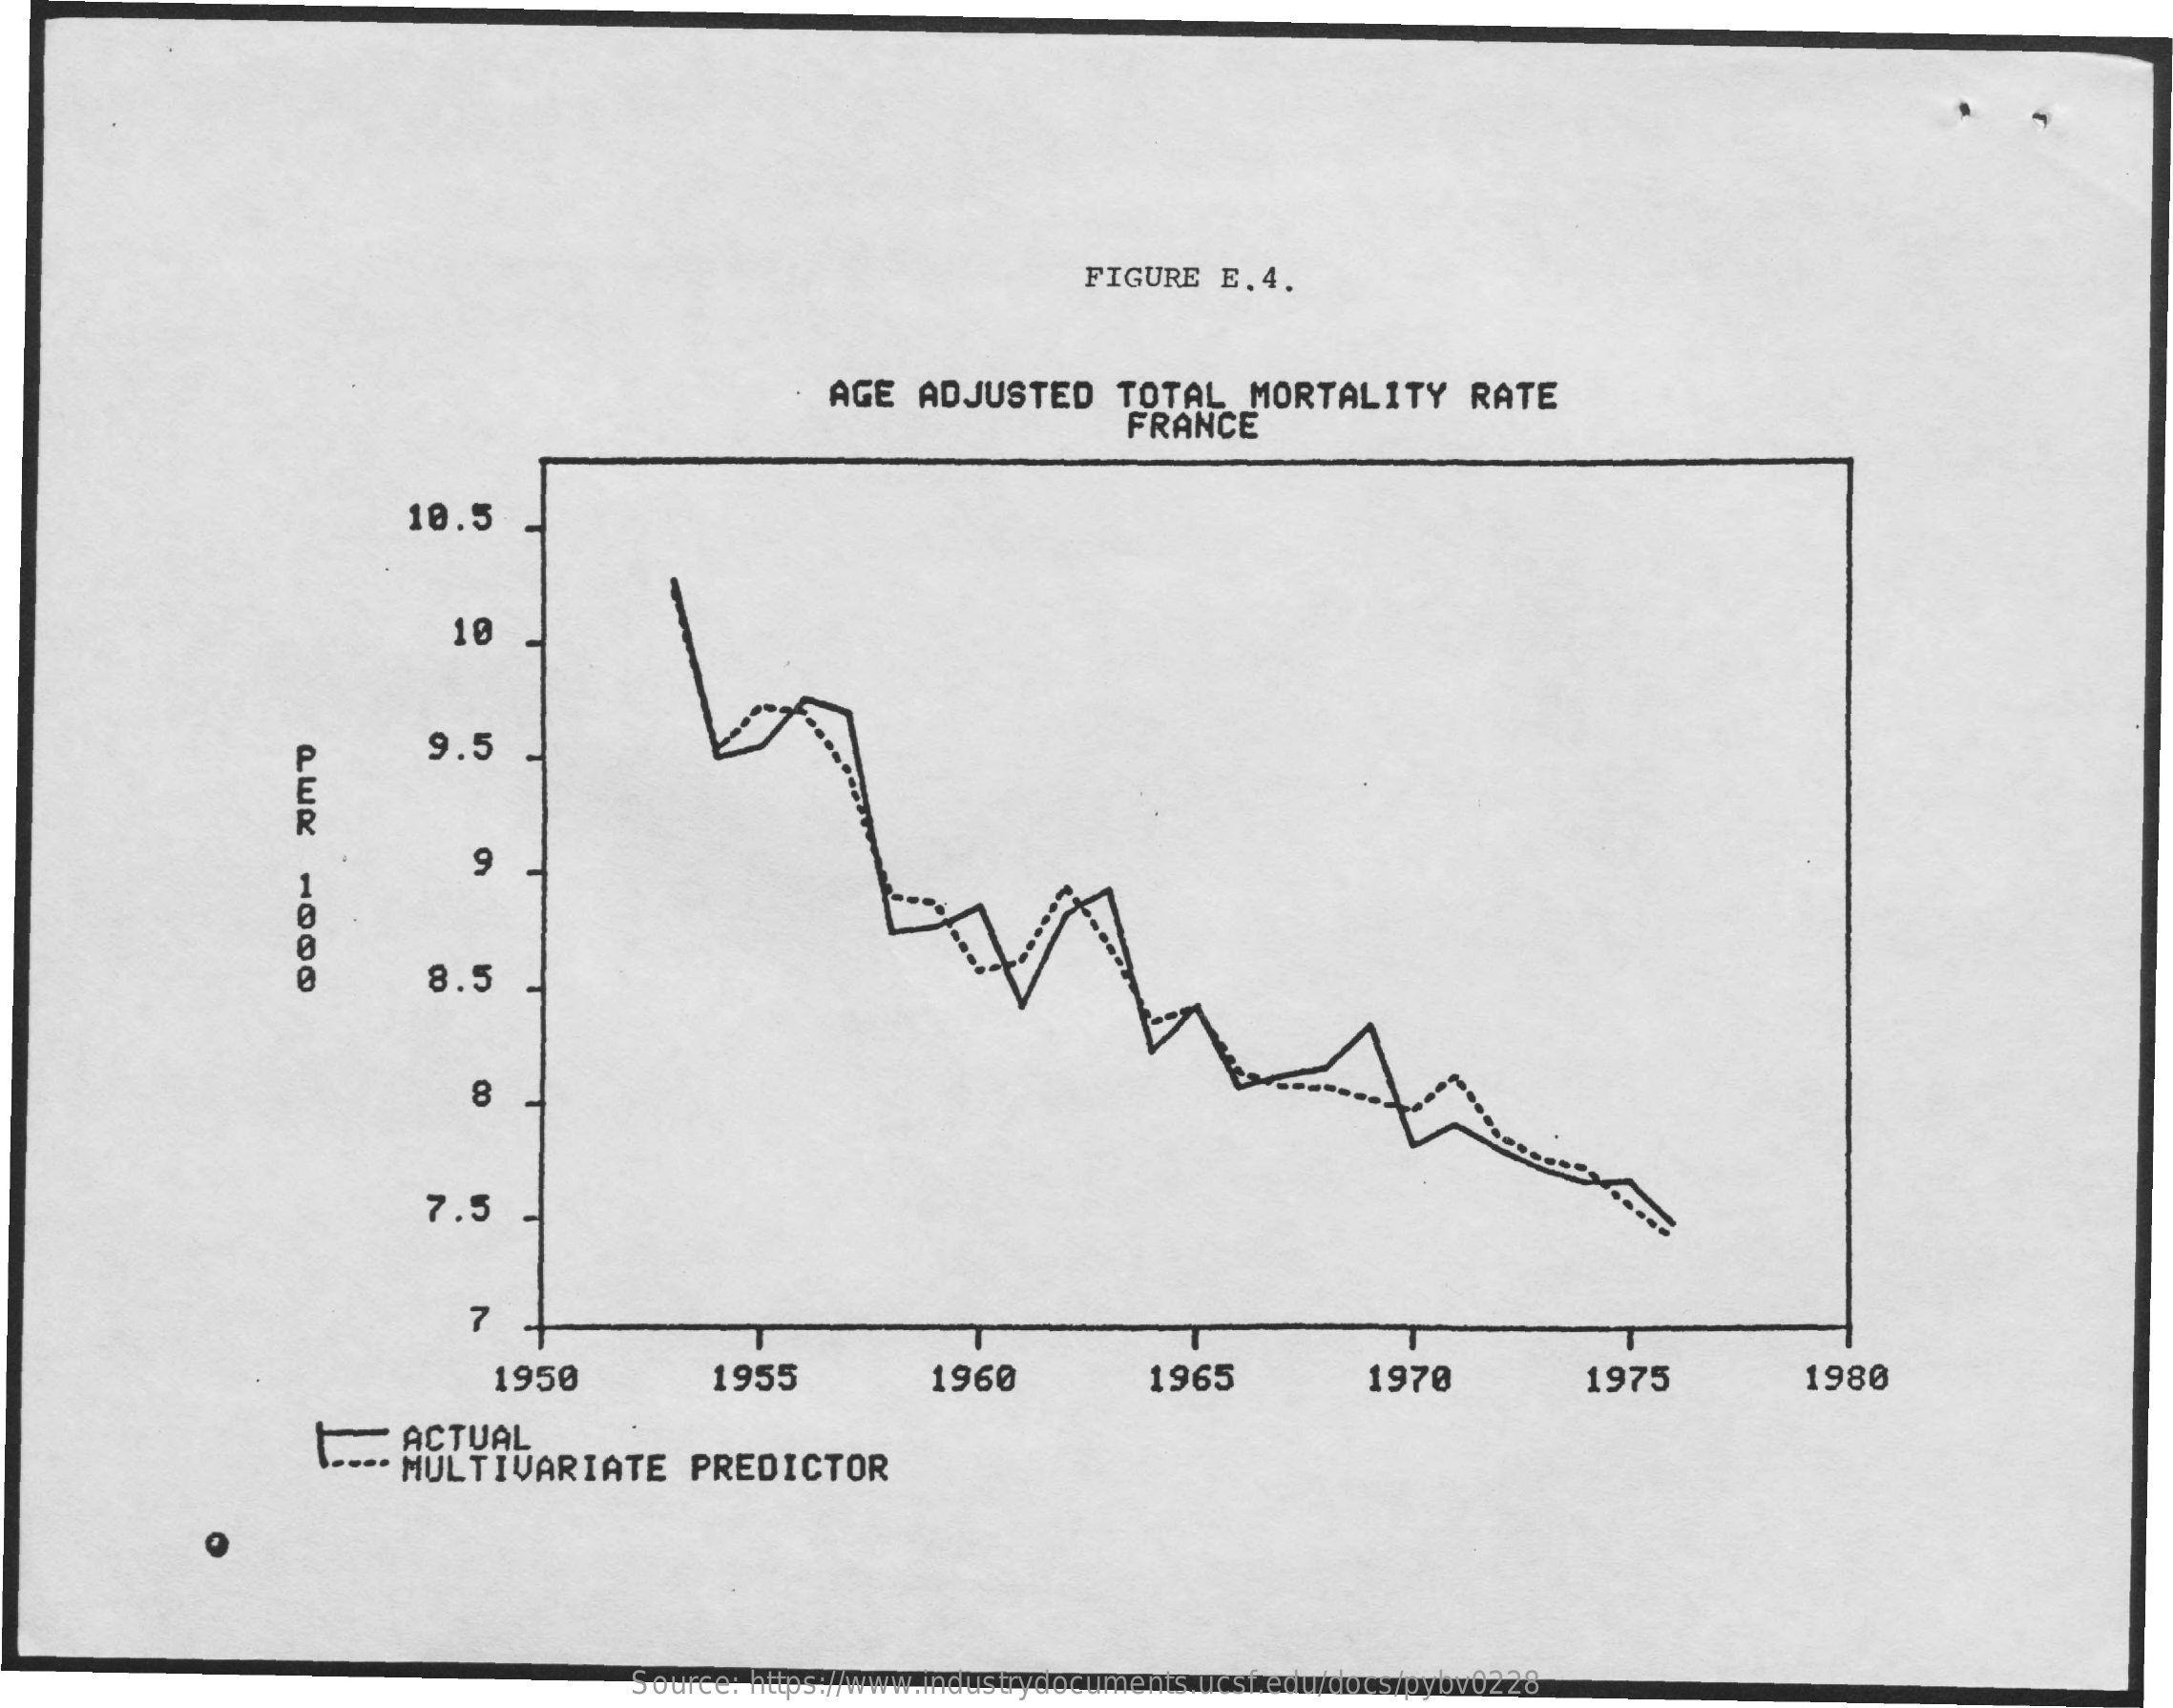
FIGURE  E.4.
     AGE   ADJUSTED    TOTAL   MORTALITY    RATE
     FRANCE
     10.5
     10
     9.5
     9
     8.5
     8
     7.5
     7
     1950    1955    1960    1965    1970    1975    1980
     ACTUAL
     MULTIVARIATE    PREDICTOR
     Source: https://www.industrydocuments.ucsf.edu/docs/pybv0228